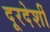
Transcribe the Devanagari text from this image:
दूरदेशीं